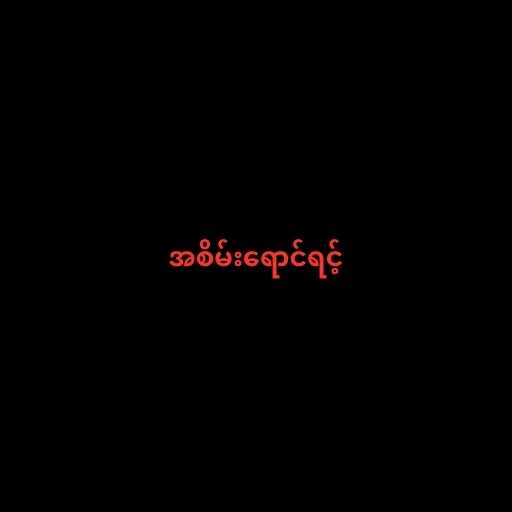
အစိမ်းရောင်ရင့်